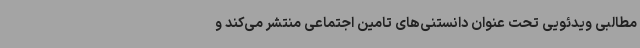
مطالبی ویدئویی تحت عنوان دانستنی‌های تامین اجتماعی منتشر می‌کند و